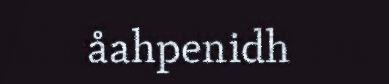
åahpenidh